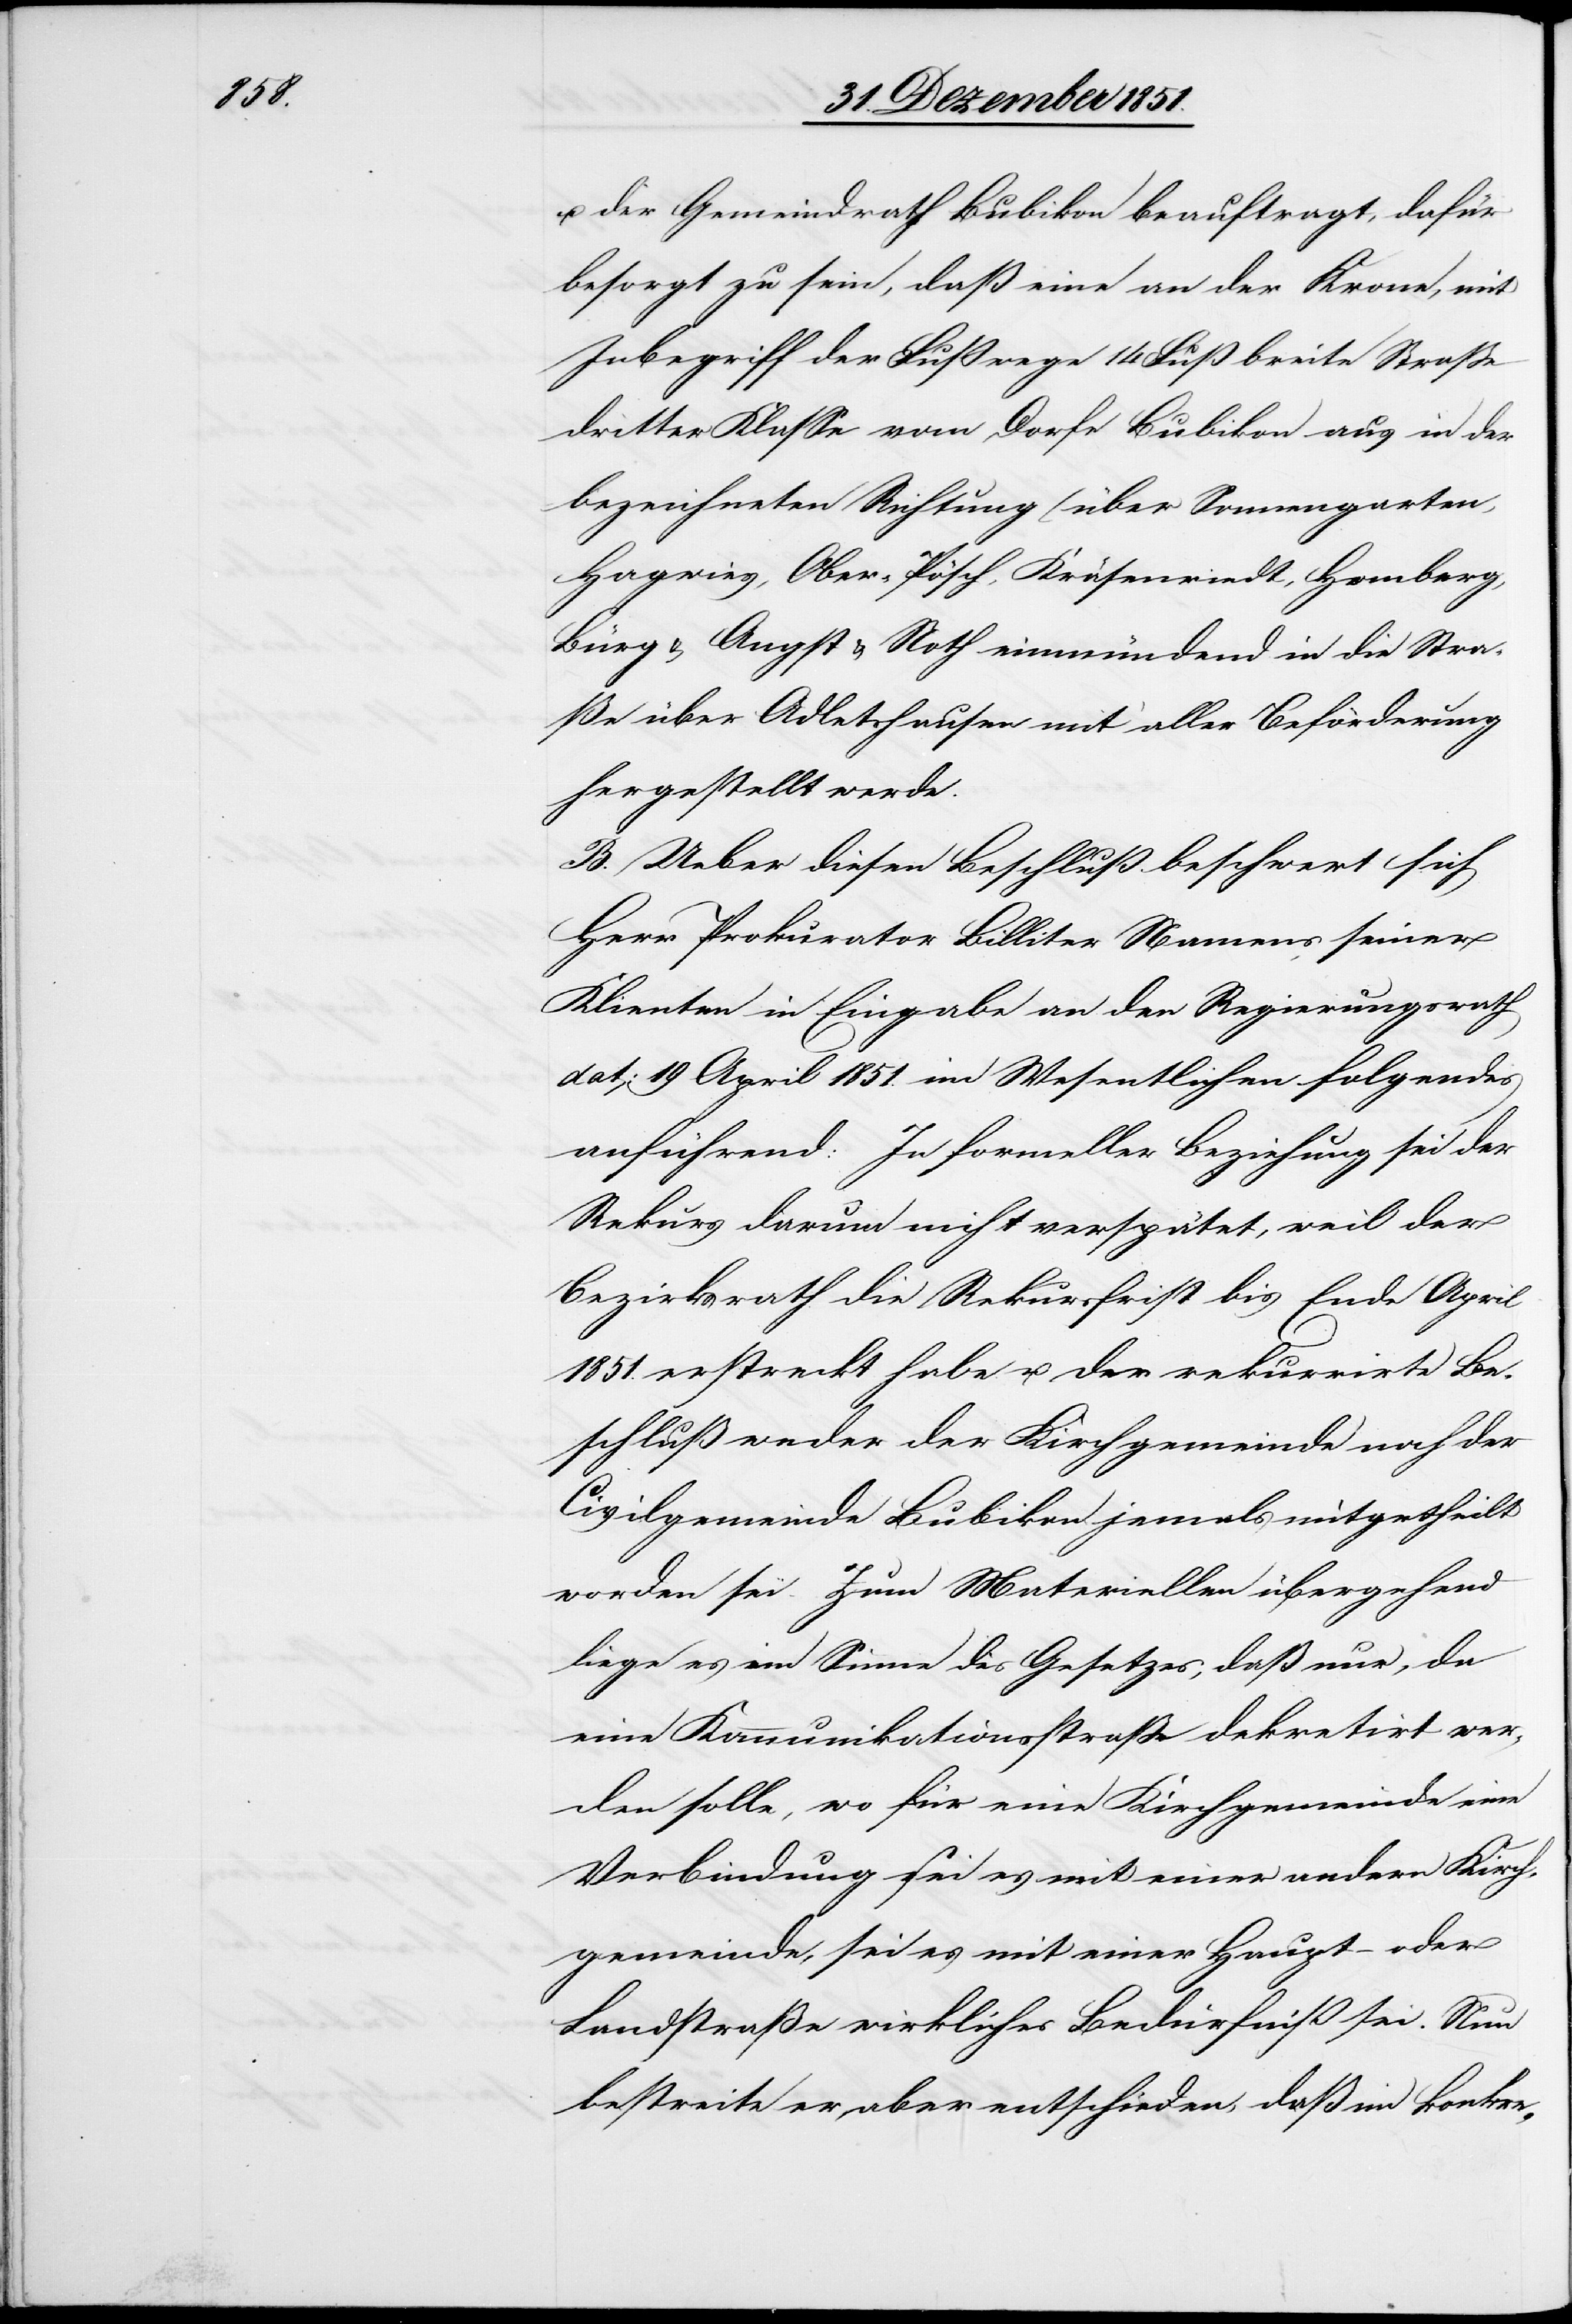
u. der Gemeindrath Bubikon beauftragt, dafür
besorgt zu sein, daß eine an der Krone, mit
Inbegriff der Fußwege 14 Fuß breite Straße
dritter Klasse vom Dorfe Bubikon aus in der
bezeichneten Richtung (über Sonnengarten,
Hagwies, Ober-Pösch, Kräsenriedt, Homberg,
Bürg & Angst & Noth[)] einmündend in die Stra¬
ße über Adletshausen mit aller Beförderung
hergestellt werde.
B. Ueber diesen Beschluß beschwert sich
Herr Prokurator Billiter Namens seiner
Klienten in Eingabe an den Regierungsrath
dat: 19 April 1851. im Wesentlichen folgendes
anführend: In formeller Beziehung sei der
Rekurs darum nicht verspätet, weil der
Bezirksrath die Rekursfrist bis Ende April
1851. erstreckt habe u. der rekurrirte Be¬
schluß weder der Kirchgemeinde noch der
Civilgemeinde Bubikon jemals mitgetheilt
worden sei. Zum Materiellen übergehend
liege es im Sinne des Gesetzes, daß nur, da
eine Kommunikationsstraße dekretirt wer¬
den solle, wo für eine Kirchgemeinde eine
Verbindung – sei es mit einer andern Kirch¬
gemeinde, sei es mit einer Haupt- oder
Landstraße wirkliches Bedürfniß sei. Nun
bestreite er aber entschieden, daß im konkre-